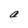
Character: a